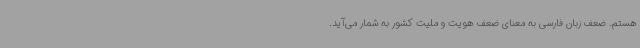
هستم. ضعف زبان فارسی به معنای ضعف هویت و ملیت کشور به شمار می‌آید.